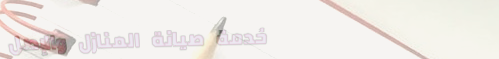
خدمة صيانة المنازل والإصل